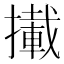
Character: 𢶪